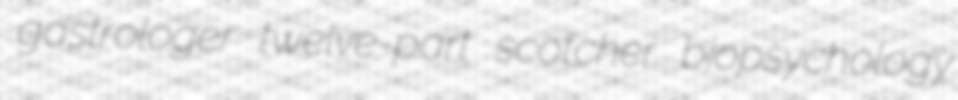
gastrologer twelve-part scotcher biopsychology